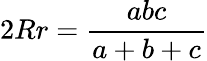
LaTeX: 2Rr={\frac{abc}{a+b+c}}